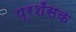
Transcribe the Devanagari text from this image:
प्रशँसक